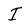
Character: I